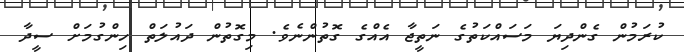
ކުރަމުން ގެންދިޔަ މަސައްކަތުގެ ނަތީޖާ އެއްގެ ގޮތުންނެވެ. މިގޮތުން ދައުލަތް ހިންގުމަށް ސީދާ